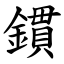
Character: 鏆